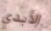
الأبدي